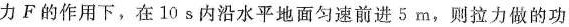
力F的作用下，在10s内沿水平地面匀速前进5m，则拉力做的功